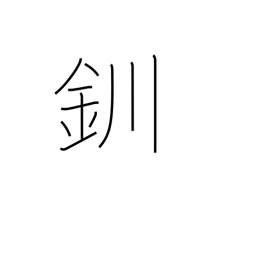
Meaning: bracelet